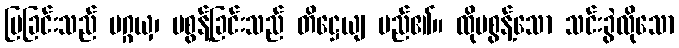
ပြခြင်းသည် ပဂ္ဂယှ၊ မစွန့်ခြင်းသည် တိဋ္ဌေယျ မည်၏။ ထိုမစွန့်သော သင်းခွဲလိုသော